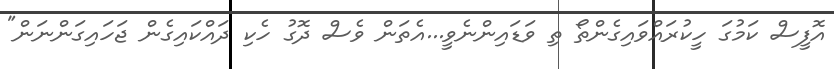
އޮފީސް ކަމުގަ ހީކުރައްވައިގެންތޯ ތި ވަޑައިންނެވީ...އެތަން ވެސް ދޮގު ހެކި ދައްކައިގެން ޖަހައިގަންނަން"